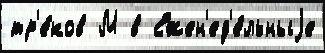
тр'е́ков М в Ежен'ед'е́льныjе